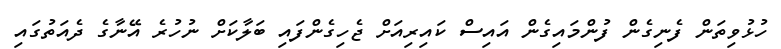
ހުޅުވިތަން ފެނިގެން ފުންމައިގެން އައިސް ކައިރިއަށް ޖެހިގެންފައި ބަލާކަށް ނުހުރެ އޭނާގެ ދެއަތުގައި